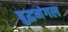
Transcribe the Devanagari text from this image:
बुद्धमंगल